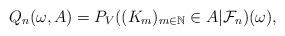
LaTeX: \begin{align*} Q_{n}(\omega,A)=P_{V}((K_{m})_{m \in \mathbb{N}} \in A | \mathcal{F}_{n})(\omega),\end{align*}